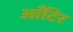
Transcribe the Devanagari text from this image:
आँटिर